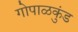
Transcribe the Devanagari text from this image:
गोपाळकुंड